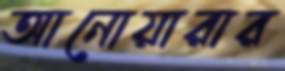
আনোয়ারার